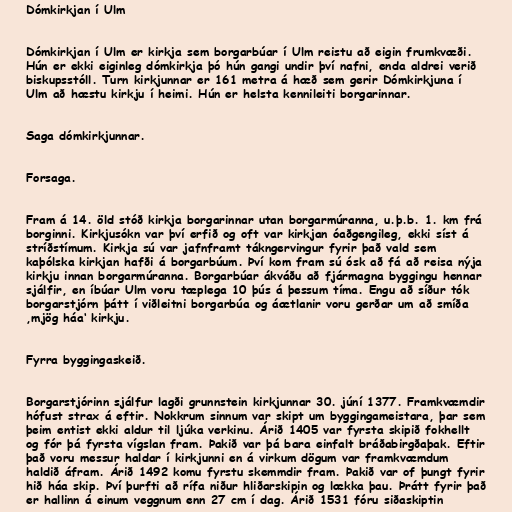
Dómkirkjan í Ulm

Dómkirkjan í Ulm er kirkja sem borgarbúar í Ulm reistu að eigin frumkvæði.
Hún er ekki eiginleg dómkirkja þó hún gangi undir því nafni, enda aldrei verið
biskupsstóll. Turn kirkjunnar er 161 metra á hæð sem gerir Dómkirkjuna í
Ulm að hæstu kirkju í heimi. Hún er helsta kennileiti borgarinnar.

Saga dómkirkjunnar.

Forsaga.

Fram á 14. öld stóð kirkja borgarinnar utan borgarmúranna, u.þ.b. 1. km frá
borginni. Kirkjusókn var því erfið og oft var kirkjan óaðgengileg, ekki síst á
stríðstímum. Kirkja sú var jafnframt tákngervingur fyrir það vald sem
kaþólska kirkjan hafði á borgarbúum. Því kom fram sú ósk að fá að reisa nýja
kirkju innan borgarmúranna. Borgarbúar ákváðu að fjármagna byggingu hennar
sjálfir, en íbúar Ulm voru tæplega 10 þús á þessum tíma. Engu að síður tók
borgarstjórn þátt í viðleitni borgarbúa og áætlanir voru gerðar um að smíða
‚mjög háa‘ kirkju.

Fyrra byggingaskeið.

Borgarstjórinn sjálfur lagði grunnstein kirkjunnar 30. júní 1377. Framkvæmdir
hófust strax á eftir. Nokkrum sinnum var skipt um byggingameistara, þar sem
þeim entist ekki aldur til ljúka verkinu. Árið 1405 var fyrsta skipið fokhellt
og fór þá fyrsta vígslan fram. Þakið var þá bara einfalt bráðabirgðaþak. Eftir
það voru messur haldar í kirkjunni en á virkum dögum var framkvæmdum
haldið áfram. Árið 1492 komu fyrstu skemmdir fram. Þakið var of þungt fyrir
hið háa skip. Því þurfti að rífa niður hliðarskipin og lækka þau. Þrátt fyrir það
er hallinn á einum veggnum enn 27 cm í dag. Árið 1531 fóru siðaskiptin